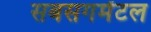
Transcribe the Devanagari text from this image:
सबसगमेंटल